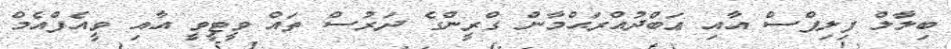
ބިލާލް ފިލިޕްސް އާއި ޢަބްދުއްރަޙްމާން ގްރީންގެ ދަރުސް ތައް ވީޓީވީ އާއި ވީއެފްއެމް